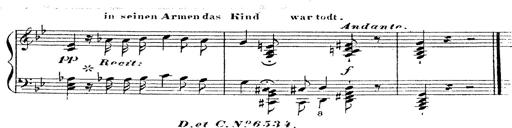
Title: 12 Lieder von Franz Schubert
Composer: Franz Liszt